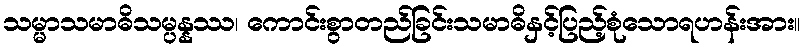
သမ္မာသမာဓိသမ္ပန္နဿ၊ ကောင်းစွာတည်ခြင်းသမာဓိနှင့်ပြည့်စုံသောရဟန်းအား။